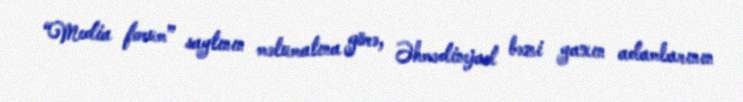
“Media forum” saytının məlumatına görə, Əhmədinejad bəzi yaxın adamlarının